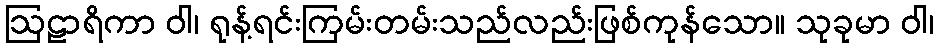
ဩဠာရိကာ ဝါ၊ ရုန့်ရင်းကြမ်းတမ်းသည်လည်းဖြစ်ကုန်သော။ သုခုမာ ဝါ၊